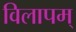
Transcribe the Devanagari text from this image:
विलापम्